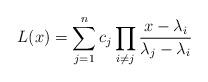
LaTeX: \begin{align*} L(x) = \sum_{j=1}^n c_j \prod_{i \neq j} \frac{x - \lambda_i}{\lambda_j - \lambda_i} \end{align*}